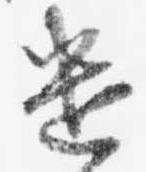
遣